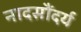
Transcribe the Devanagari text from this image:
नादसौंदर्य